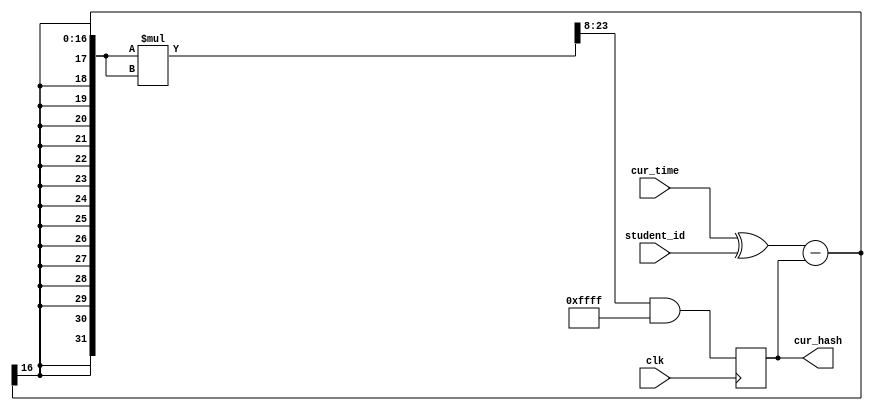
module hasher (
	input clk,    // Clock
	input [15:0] cur_time,
	input [15:0] student_id,
	output [15:0] cur_hash	
);

reg[15:0] prev_hash;
reg[15:0] hash;

initial begin
	prev_hash = 0;
	hash = 0;
end

always@(posedge clk) begin
	hash = ((((cur_time ^ student_id) - prev_hash) * ((cur_time ^ student_id) - prev_hash)) >> 8) & 65535;
	prev_hash = hash;
end

assign cur_hash = hash;
endmodule